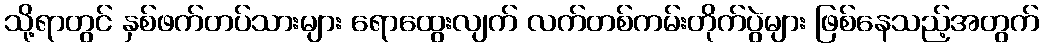
သို့ရာတွင် နှစ်ဖက်တပ်သားများ ရောထွေးလျက် လက်တစ်ကမ်းတိုက်ပွဲများ ဖြစ်နေသည့်အတွက်